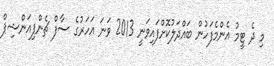
މި ދެ ޓީމު އެންމެފަހުން ބައްދަލުކޮށްފައިވަނީ 2013 ވަނަ އަހަރުގެ ސާފް ޗެންޕިއަންޝިޕް